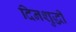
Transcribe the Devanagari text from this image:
दिनशुद्धी